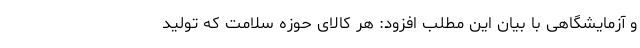
و آزمایشگاهی با بیان این مطلب افزود: هر کالای حوزه سلامت که تولید